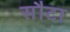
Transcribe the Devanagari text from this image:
सौटा